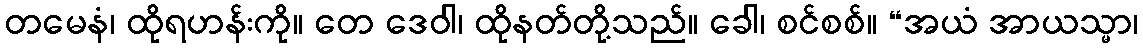
တမေနံ၊ ထိုရဟန်းကို။ တေ ဒေဝါ၊ ထိုနတ်တို့သည်။ ခေါ၊ စင်စစ်။ “အယံ အာယသ္မာ၊